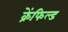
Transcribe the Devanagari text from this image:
क्रेंफिल्ड